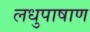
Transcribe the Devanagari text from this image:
लधुपाषाण